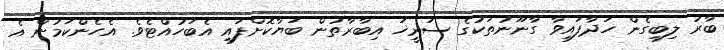
ބާރު ލިބިގެން ހަދާފައިވާ ގާނޫނުތަކުގެ ސަރީޚަ އިބާރާތުން ބަޔާކޮށްފައި އެބަހުއްޓެވެ. އެހެންކަމުން އެ